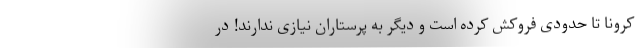
کرونا تا حدودی فروکش کرده است و دیگر به پرستاران نیازی ندارند! در